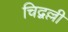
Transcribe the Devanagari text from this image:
चिद्वल्ली